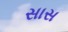
સાસ